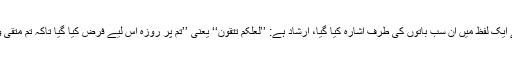
قرآن کریم کے ایک لفظ میں ان سب باتوں کی طرف اشارہ کیا گیا، ارشاد ہے: ’’لَعَلَّکُمْ تَتَّقُوْنَ‘‘ یعنی ’’تم پر روزہ اس لیے فرض کیا گیا تاکہ تم متقی وصالح بن جاؤ۔